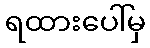
ရထားပေါ်မှ